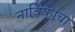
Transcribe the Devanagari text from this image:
नाविकांचा